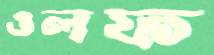
ওলফ